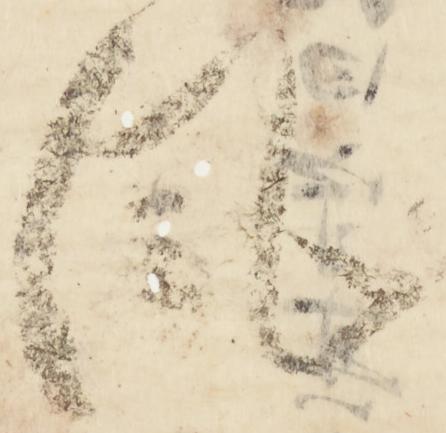
風